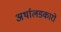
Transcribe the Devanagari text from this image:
अर्थालङ्कारो